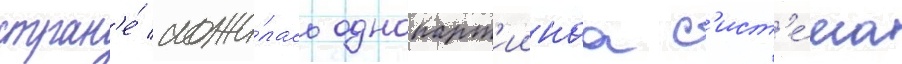
стран'е́ сложи́лась однопарт'иинаа с'ист'е́ма